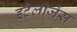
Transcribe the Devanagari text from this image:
इंटैलीजेंस